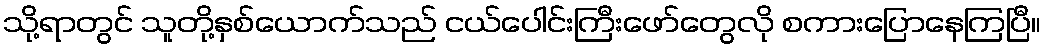
သို့ရာတွင် သူတို့နှစ်ယောက်သည် ငယ်ပေါင်းကြီးဖော်တွေလို စကားပြောနေကြပြီ။